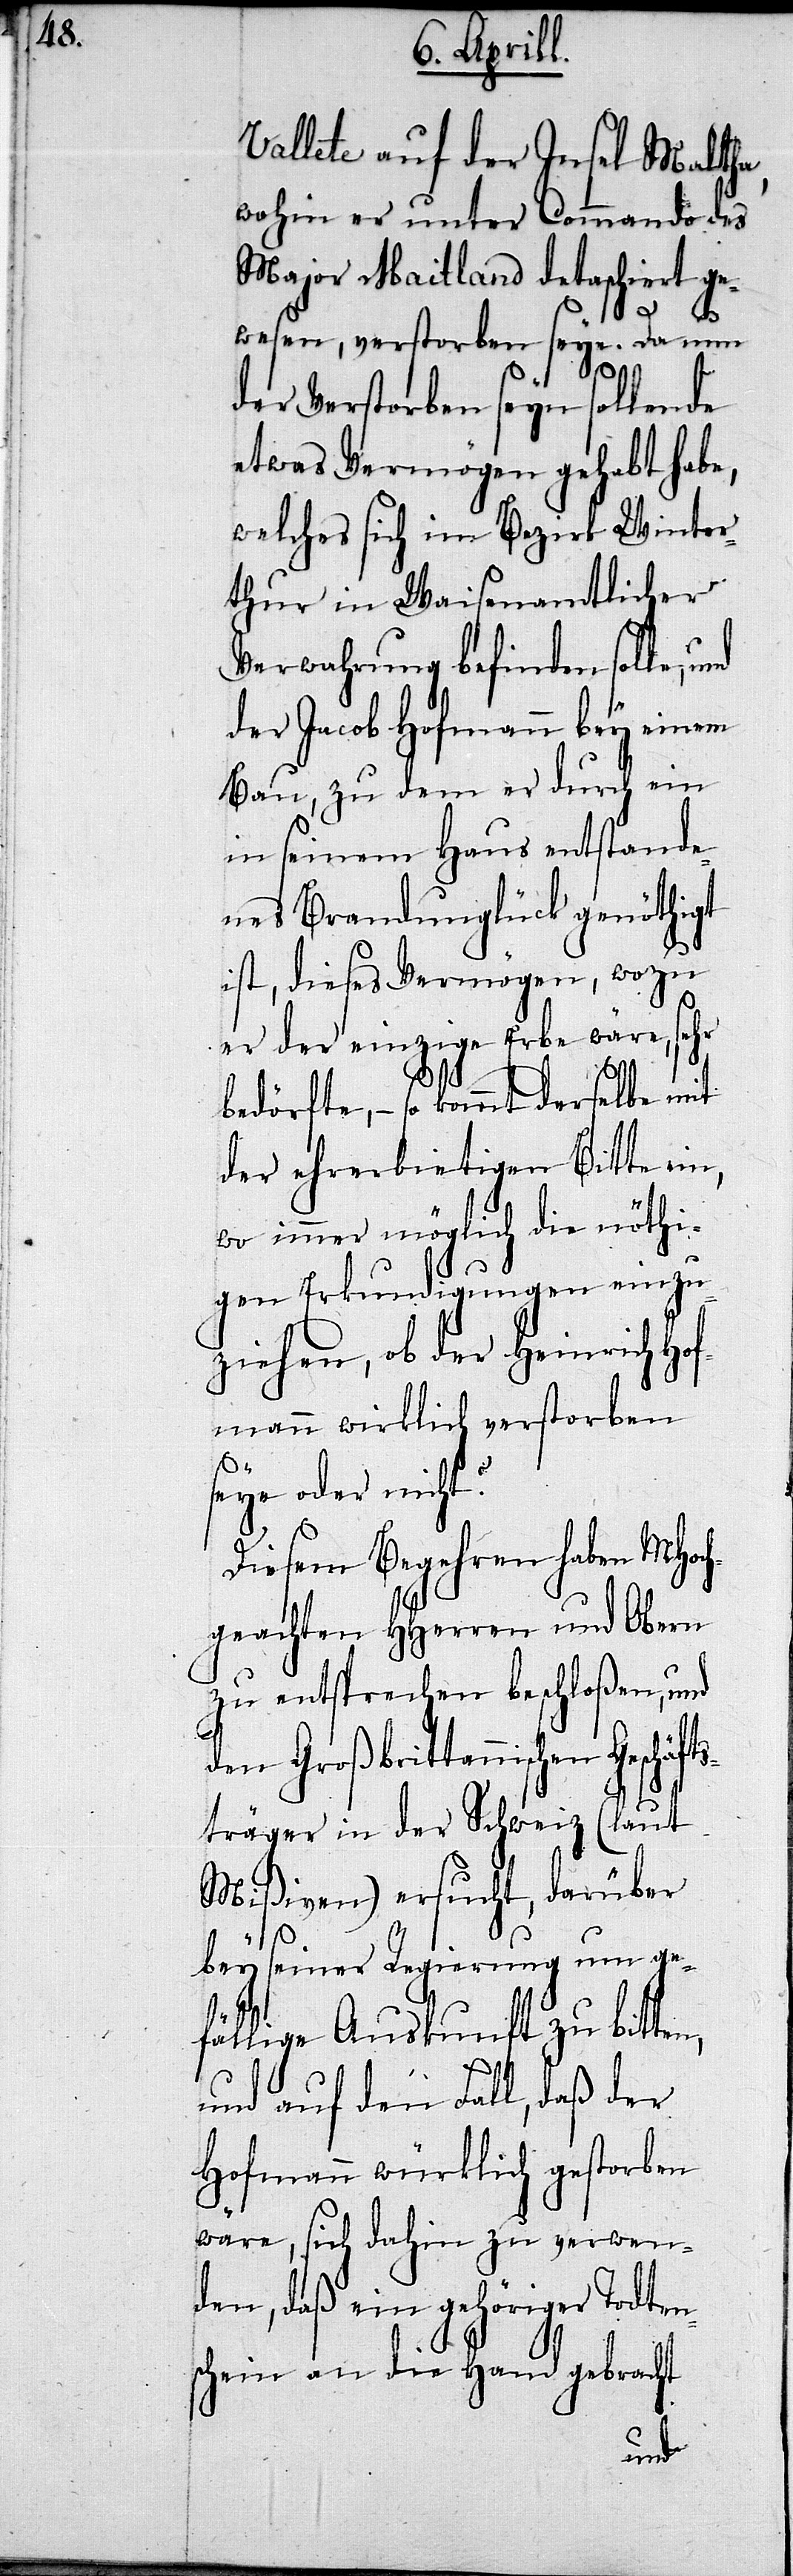
Vallete auf der Insel Maltha,
wohin er unter Commando des
Major Maitland datasc¬
inzu¬
Wint¬
wesen, verstorben se¬
der Verstorben seyn
etwas Vermögen gehabt ha¬
er
welches sich im Bezirk
thur in Waisenamt¬
einem
Verwahrung befinden
der Jacob Hofmann bey
Bau, zu dem er durch ein
in seinem Haus entstande¬
nes Brandunglück genöthigt
ist, dieses Vermögen, wozu
er der einzige Erbe wäre, sehr
bedürfte,– so kommt derselbe mit
der ehrerbietigen Bitte ein,
wo immer möglich die nöthi¬
gen Erkundigungen e¬
Da
ziehen, ob der Hein¬
mann wirklich verstor¬
seye oder nicht?
Diesem Begehren haben MHoc¬
hgeachten HHerren und Obern
zu entsprechen beschloßen, und
äft¬
den Großbrittannischen
sträger in der Schweiz
über
Mißiven) ersucht, dar¬
bey seiner Regierung um ge¬
fällige Auskunft zu bitten,
und auf den Fall, daß der
Hofmann würklich gestorben
wäre, sich dahin zu verwen¬
den, daß ein gehöriger Todten¬
schein an die Hand gebracht
und